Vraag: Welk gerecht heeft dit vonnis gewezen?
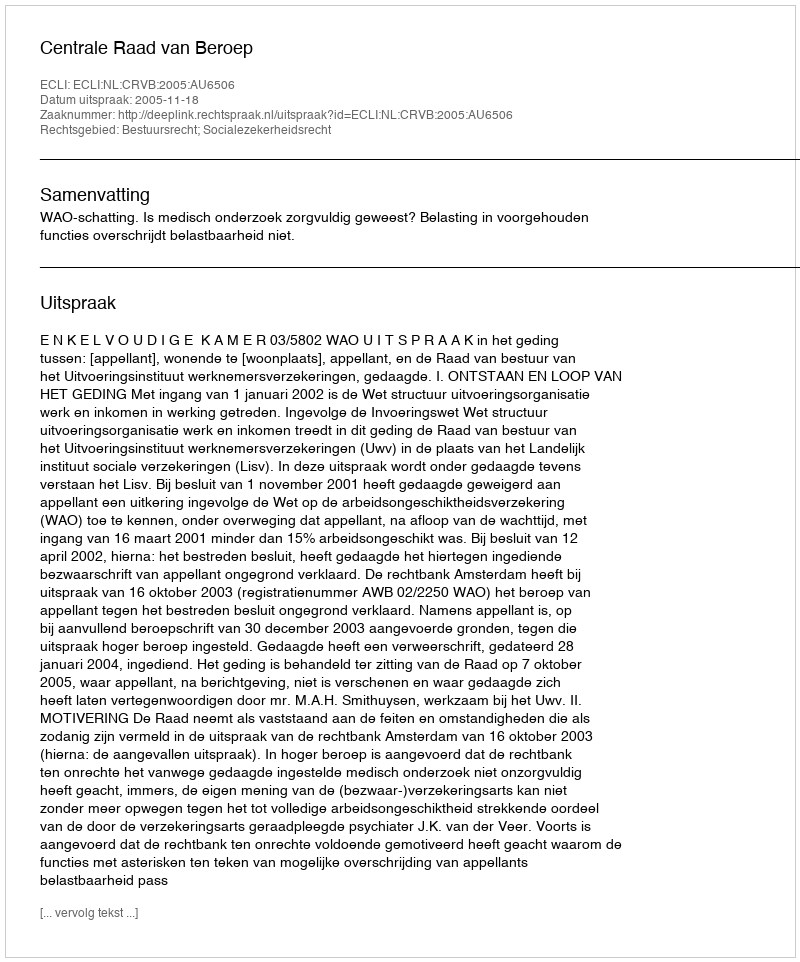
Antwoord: Centrale Raad van Beroep